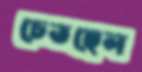
চেতছেল